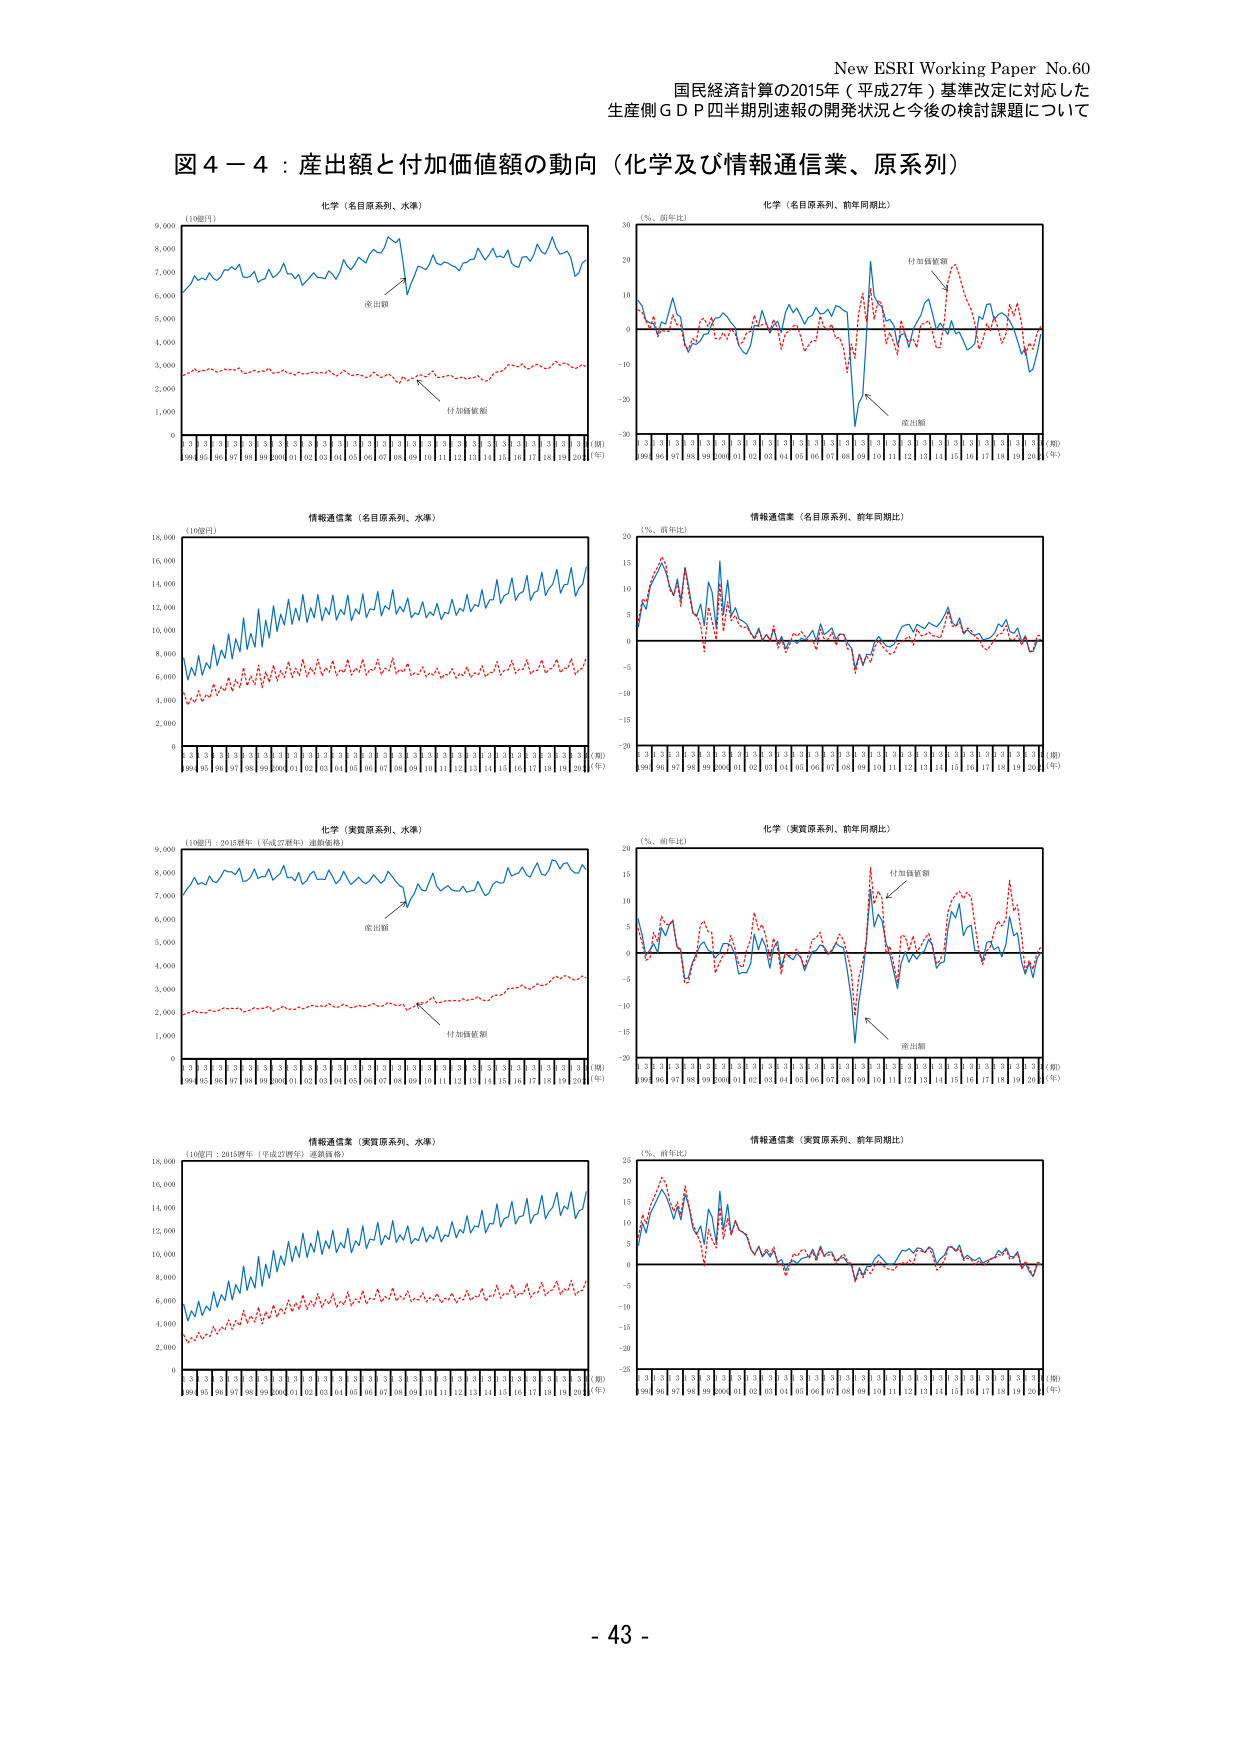
New ESRI Working Paper No.60
国民経済計算の2015年（平成27年）基準改定に対応した
生産側ＧＤＰ四半期別速報の開発状況と今後の検討課題について

図４－４：産出額と付加価値額の動向（化学及び情報通信業、原系列）

化学（名目原系列、水準）
（10億円）
産出額
付加価値額
（期）
（年）
99 00 01 02 03 04 05 06 07 08 09 10 11 12 13 14 15 16 17 18 19 20

化学（名目原系列、前年同期比）
（％、前年比）
付加価値額
産出額
（期）
（年）
99 00 01 02 03 04 05 06 07 08 09 10 11 12 13 14 15 16 17 18 19 20

情報通信業（名目原系列、水準）
（10億円）
（期）
（年）
99 00 01 02 03 04 05 06 07 08 09 10 11 12 13 14 15 16 17 18 19 20

情報通信業（名目原系列、前年同期比）
（％、前年比）
（期）
（年）
99 00 01 02 03 04 05 06 07 08 09 10 11 12 13 14 15 16 17 18 19 20

化学（実質原系列、水準）
（10億円：2015暦年（平成27暦年）連鎖価格）
産出額
付加価値額
（期）
（年）
99 00 01 02 03 04 05 06 07 08 09 10 11 12 13 14 15 16 17 18 19 20

化学（実質原系列、前年同期比）
（％、前年比）
付加価値額
産出額
（期）
（年）
99 00 01 02 03 04 05 06 07 08 09 10 11 12 13 14 15 16 17 18 19 20

情報通信業（実質原系列、水準）
（10億円：2015暦年（平成27暦年）連鎖価格）
（期）
（年）
99 00 01 02 03 04 05 06 07 08 09 10 11 12 13 14 15 16 17 18 19 20

情報通信業（実質原系列、前年同期比）
（％、前年比）
（期）
（年）
99 00 01 02 03 04 05 06 07 08 09 10 11 12 13 14 15 16 17 18 19 20

- 43 -